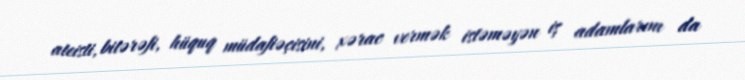
ateisti, bitərəfi, hüquq müdafiəçisini, xərac vermək istəməyən iş adamlarını da